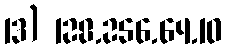
13) 128.256.64.10